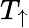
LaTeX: T_{\uparrow}